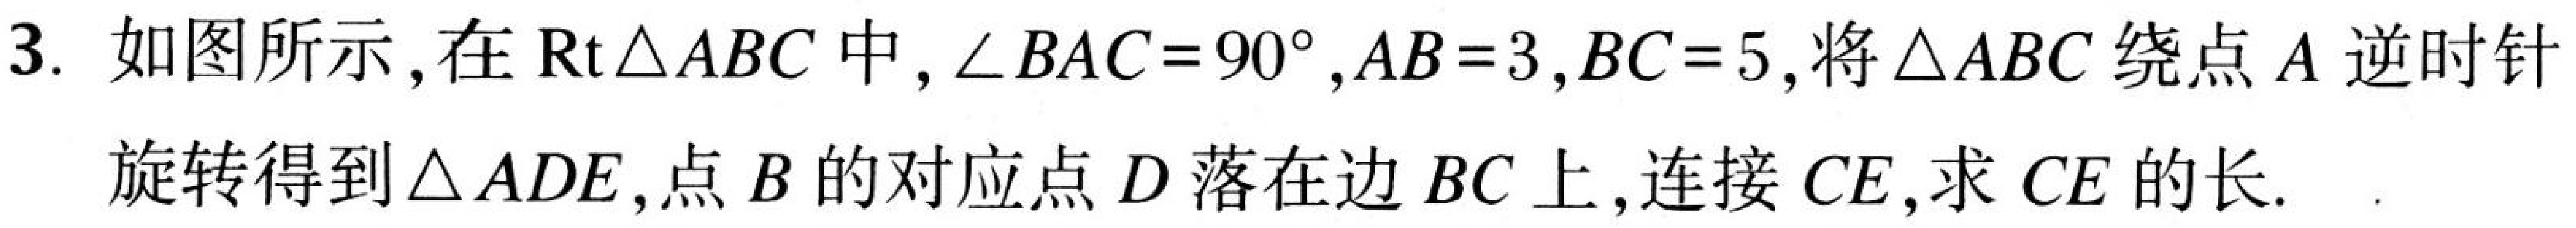
3. 如图所示，在\(\text{Rt}\triangle ABC\)中，\(\angle BAC = 90^{\circ}\)，\(AB = 3\)，\(BC = 5\)，将\(\triangle ABC\)绕点\(A\)逆时针旋转得到\(\triangle ADE\)，点\(B\)的对应点\(D\)落在边\(BC\)上，连接\(CE\)，求\(CE\)的长.